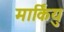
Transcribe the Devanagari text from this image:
मार्कियु